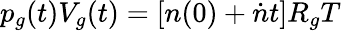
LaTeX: p_{g}(t)V_{g}(t)=[n(0)+\dot{n}t]R_{g}T